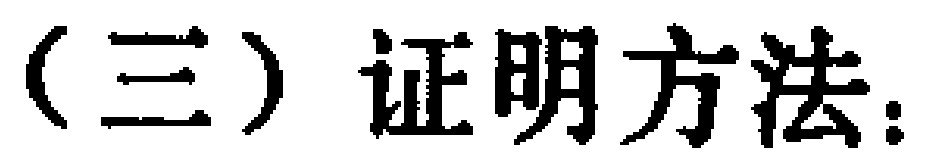
（三）证明方法：